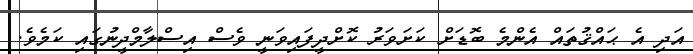
އަދި އެ ޙައްޤުތައް އެންމެ ބޮޑަށް ކަށަވަރު ކޮށްދީފައިވަނީ ވެސް އިސްލާމްދީނުގައި ކަމެވެ.